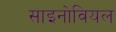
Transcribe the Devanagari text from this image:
साइनोवियल